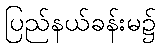
ပြည်နယ်ခန်းမ၌